system: You are a helpful assistant.
user:
Analyze the provided spectrum to determine if it is a **M-type Giant (gM)**.

A M-type Giant spectrum is defined by its **strong molecular absorption** features, particularly from **Titanium Oxide (TiO)**. You must check for one of the following mutually exclusive signatures:

- **Key Visual Indicators (Absorption-Dominated Spectrum):**

    - **(Primary):** The spectrum is dominated by strong molecular absorption from **Titanium Oxide (TiO)**. This is the **defining feature** of its M-type temperature class.
        - **(Key Bandheads):** Look for sharp, "saw-tooth" absorption valleys. The strongest are located near **~7050 Å**, **~6160 Å**, and **~5170 Å**.
        - **(Line Profile):** The "saw-tooth" morphology is critical: a **sharp, steep drop on the BLUE (short-wavelength) side** of the bandhead, followed by a gradual recovery (rising flux) towards the RED (long-wavelength) side.

    - **(Key Confirmation - Giant vs. Dwarf):** **ABSENCE** of strong **Calcium Hydride (CaH)** molecular bands. This is the primary diagnostic for *excluding* M-dwarfs.
        - **(Key Region):** The spectrum should lack the strong, broad absorption band seen in dwarfs between **~6800 Å and ~7000 Å**.

    - **(Secondary Confirmation - Giant):** A very strong and broad **Neutral Calcium (Ca I)** atomic absorption line.
        - **(Key Line):** Located at **~4226 Å**. In a giant (gM), this line is significantly deeper and broader than the same line in an M-dwarf (dM) due to low surface gravity.

    - **(Overall Spectrum):**
        - The continuum is **extremely red-sloping** (i.e., flux is very low in the blue and rises dramatically towards the red).
        - The entire spectrum appears "chopped up" by the deep TiO bands.

Think first, call **spectral_visualization_tool** if needed to examine features in detail, then provide your final answer. Your response must adhere to the following strict rules:
1.  **Overall Structure:** Your response must follow the format `<think>...</think> <tool_call>...</tool_call> (if a tool is used) <answer>...</answer>`.
2.  **Tool Usage Constraint:** You may only make **one** tool call per turn.
3.  **Final Answer Format:** In the `<answer>` tag, your conclusion must be inside a `\boxed{}` command (e.g., `\boxed{YES}` or `\boxed{NO}`), followed by your justification.

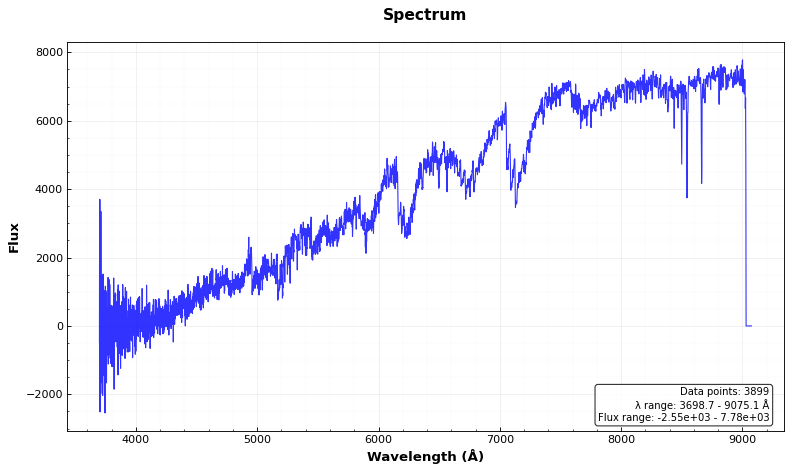
Answer: YES